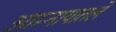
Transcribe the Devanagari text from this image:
आम्नायातले